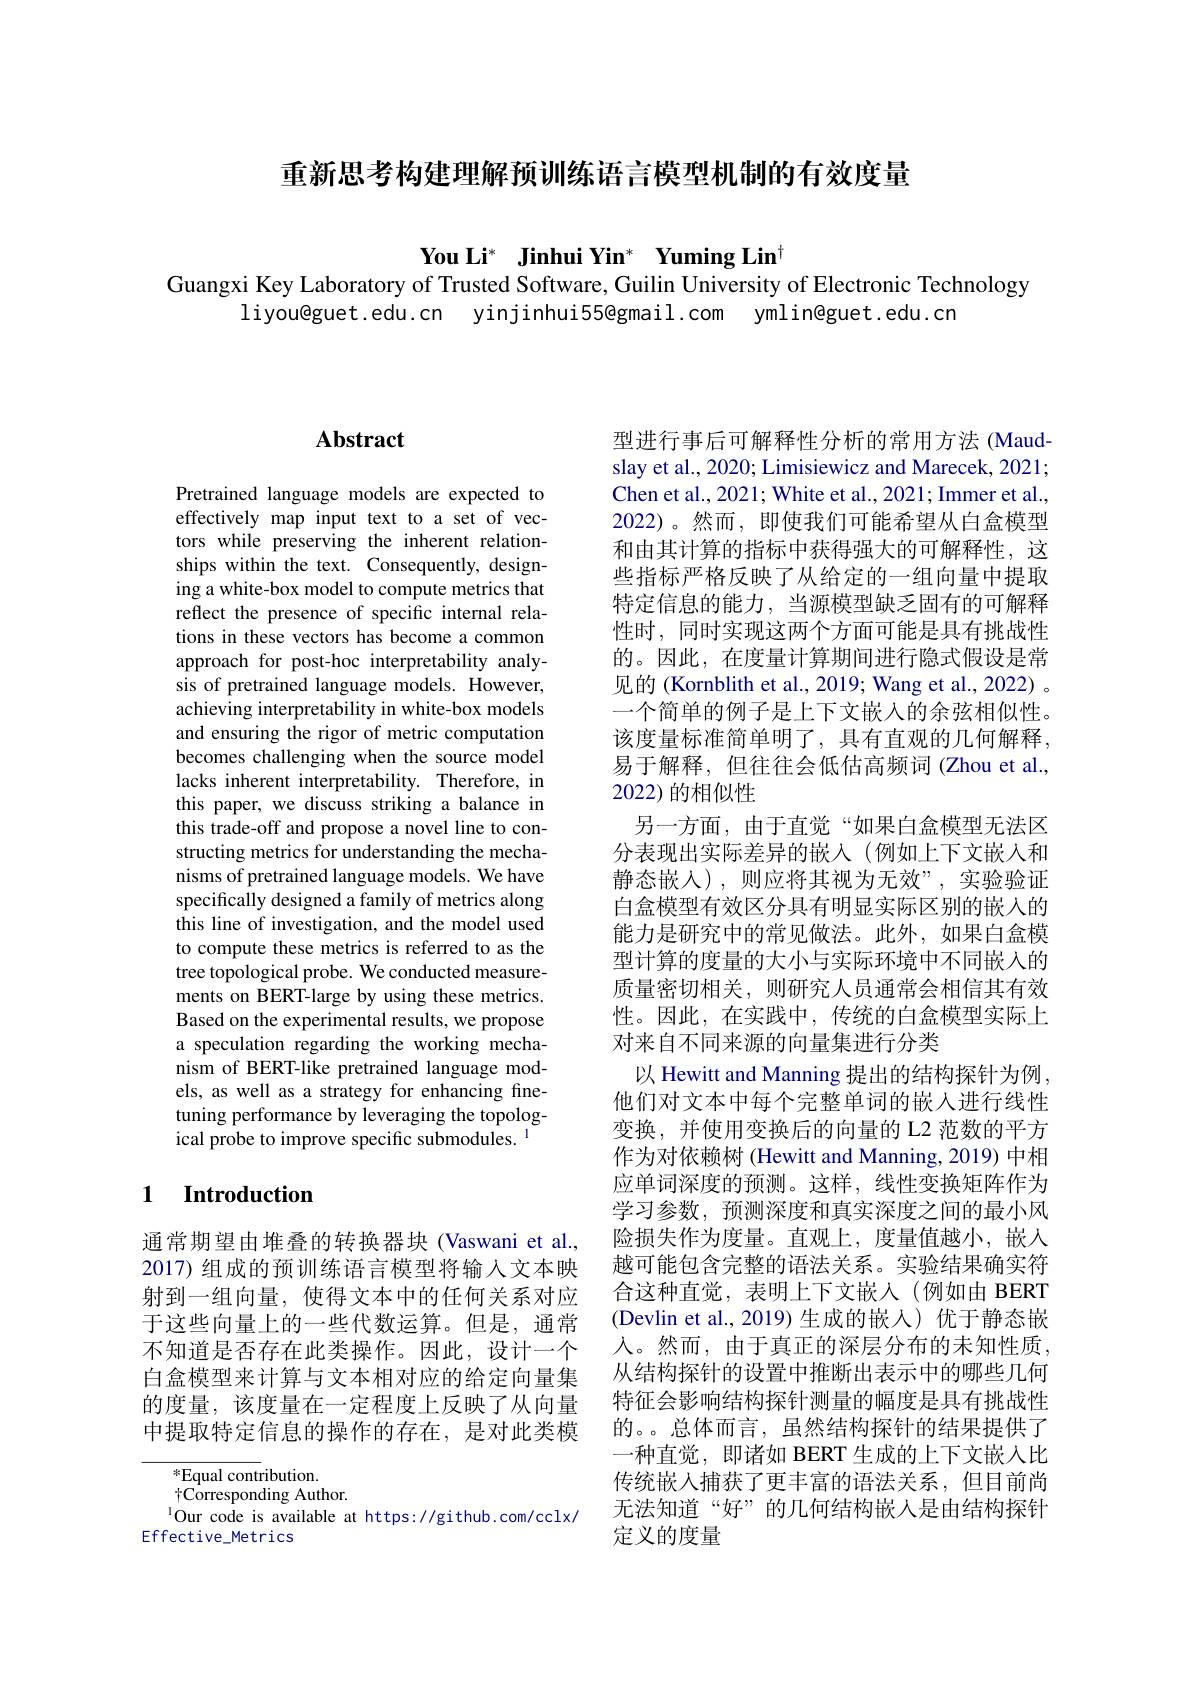
重新思考构建理解预训练语言模型机制的有效度量

$\textbf{You Li}^*$ $\textbf{Jinhui Yin}^*$ $\textbf{Yuming Lin}^\dagger$
Guangxi Key Laboratory of Trusted Software, Guilin University of Electronic Technology

liyou@guet.edu.cn yinjinhui55@gmail.com ymlin@guet.edu.cn

## $\mathbf{Abstract}$

Pretrained language models are expected to effectively map input text to a set of vectors while preserving the inherent relationships within the text. Consequently, designing a white-box model to compute metrics that reflect the presence of specific internal relations in these vectors has become a common approach for post-hoc interpretability analysis of pretrained language models. However, achieving interpretability in white-box models and ensuring the rigor of metric computation becomes challenging when the source model lacks inherent interpretability. Therefore, in this paper, we discuss striking a balance in this trade-off and propose a novel line to constructing metrics for understanding the mechanisms of pretrained language models. We have specifically designed a family of metrics along this line of investigation, and the model used to compute these metrics is referred to as the tree topological probe. We conducted measurements on BERT-large by using these metrics. Based on the experimental results, we propose a speculation regarding the working mecha- ${\mathrm{nism~of~BERT-like~pretrained~language~mod-}}$ els, as well as a strategy for enhancing finetuning performance by leveraging the topological probe to improve specific submodules. 1

## 1 $\textbf{Introduction}$

通常期望由堆叠的转换器块(Vaswani et al., 2017) 组成的预训练语言模型将输入文本映射到一组向量，使得文本中的任何关系对应于这些向量上的一些代数运算。但是，通常不知道是否存在此类操作。因此，设计一个白盒模型来计算与文本相对应的给定向量集的度量，该度量在一定程度上反映了从向量中提取特定信息的操作的存在，是对此类模

$^*$Equal contribution.
$\dagger$Corresponding Author.
$^{1}$Our code is available at https://github.com/cclx/
Effective\_Metrics

型进行事后可解释性分析的常用方法 (Maudslay et al., 2020; Limisiewicz and Marecek, 2021; Chen et al., 2021; White et al., 2021; Immer et al. 2022)。然而，即使我们可能希望从白盒模型和由其计算的指标中获得强大的可解释性，这些指标严格反映了从给定的一组向量中提取特定信息的能力，当源模型缺乏固有的可解释性时，同时实现这两个方面可能是具有挑战性的。因此，在度量计算期间进行隐式假设是常见的 (Kornblith et al., 2019; Wang et al., 2022) 。一个简单的例子是上下文嵌入的余弦相似性。该度量标准简单明了，具有直观的几何解释， 易于解释，但往往会低估高频词(Zhou et al., 2022)的相似性
另一方面，由于直觉“如果白盒模型无法区分表现出实际差异的嵌入(例如上下文嵌入和静态嵌人),则应将其视为无效”,实验验证白盒模型有效区分具有明显实际区别的嵌入的能力是研究中的常见做法。此外，如果白盒模型计算的度量的大小与实际环境中不同嵌入的质量密切相关，则研究人员通常会相信其有效性。因此，在实践中，传统的白盒模型实际上对来自不同来源的向量集进行分类
以 Hewitt and Manning 提出的结构探针为例， 他们对文本中每个完整单词的嵌人进行线性变换，并使用变换后的向量的 L2 范数的平方作为对依赖树 (Hewitt and Manning, 2019) 中相应单词深度的预测。这样，线性变换矩阵作为学习参数，预测深度和真实深度之间的最小风险损失作为度量。直观上，度量值越小，嵌入越可能包含完整的语法关系。实验结果确实符合这种直觉，表明上下文嵌入(例如由 BERT (Devlin et al.,2019)生成的嵌入)优于静态嵌人。然而，由于真正的深层分布的未知性质从结构探针的设置中推断出表示中的哪些几何特征会影响结构探针测量的幅度是具有挑战性的。。总体而言，虽然结构探针的结果提供了一种直觉，即诸如 BERT 生成的上下文嵌人比传统嵌入捕获了更丰富的语法关系，但目前尚无法知道“好”的几何结构嵌入是由结构探针定义的度量